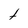
Character: t